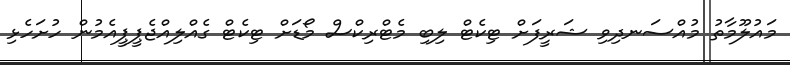
މައުލޫމާތު މުއްސަނދިވި ޝަރީފަށް ޓިކެޓް ލިބި މެޓްރިކްސް މޯޑަށް ޓިކެޓް ގެއްލިއްޖެޕީޕީއެމުން ހުށަހެޅި